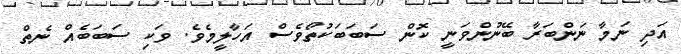
އަދި ނަމާ ނަންބަރާ ބޭނުންވަނީ ކޮން ސަބަބަކުތޯވެސް އަހާލީމެވެ. ވަކި ސަބަބެއް ނެތް